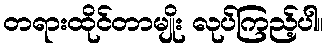
တရားထိုင်တာမျိုး လုပ်ကြည့်ပါ။